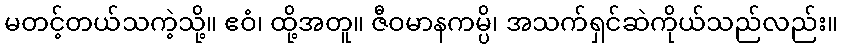
မတင့်တယ်သကဲ့သို့။ ဧဝံ၊ ထို့အတူ။ ဇီဝမာနကမ္ပိ၊ အသက်ရှင်ဆဲကိုယ်သည်လည်း။